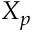
X _ { p }